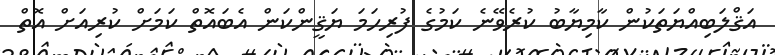
އަޤްލަބިއްޔަތަކުން ކާމިޔާބު ކުރެވޭނެ ކަމުގެ ފުރިހަމަ ޔަޤީންކަން އެބައޮތް ކަމަށް ކުރިއަށް އޮތް